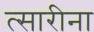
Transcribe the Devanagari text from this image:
त्सारीना